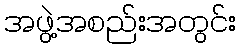
အဖွဲ့အစည်းအတွင်း